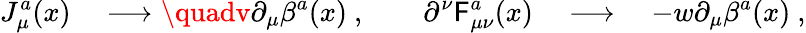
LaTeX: J_{\mu}^{a}(x)\quad\longrightarrow\quadv\partial_{\mu}\beta^{a}(x)\ ,\qquad\partial^{\nu}\mathsf{F}_{\mu\nu}^{a}(x)\quad\longrightarrow\quad-w\partial_{\mu}\beta^{a}(x)\ ,